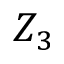
Z _ { 3 }